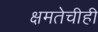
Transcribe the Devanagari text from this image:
क्षमतेचीही